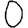
Digit: 0